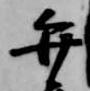
弁